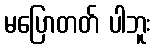
မပြောတတ် ပါဘူး